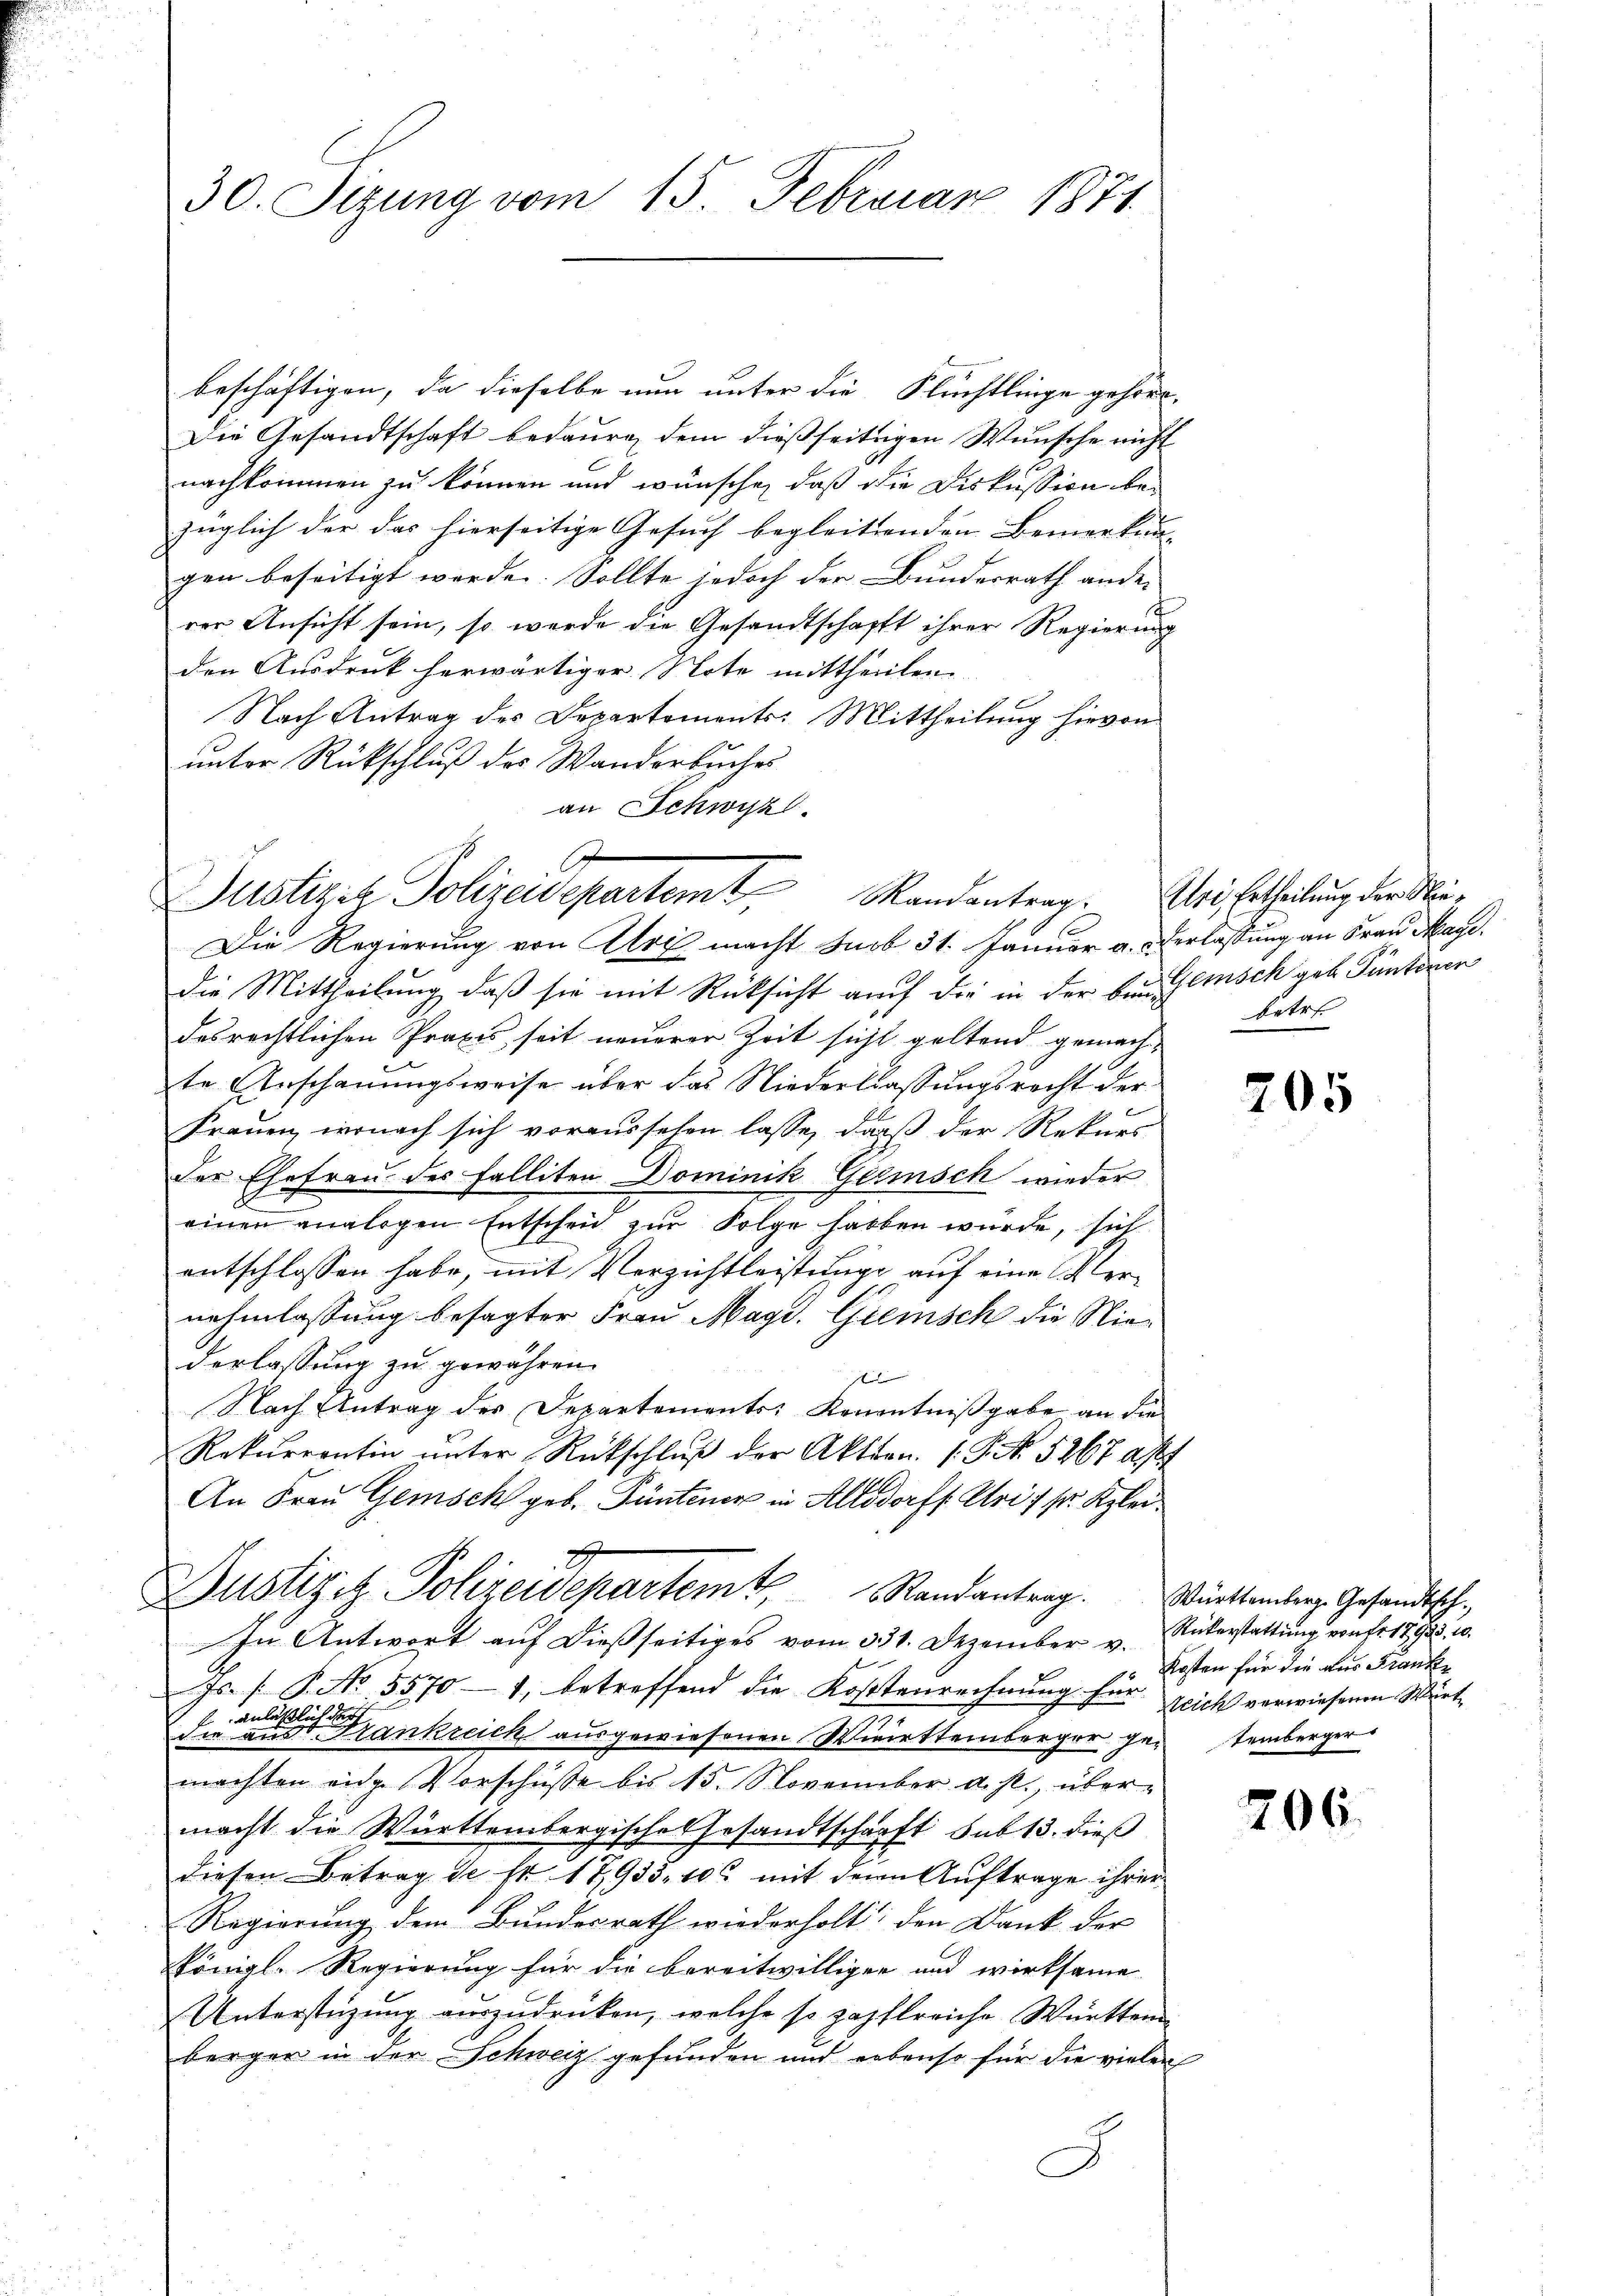
30. Sizung vom 15. Februar 1871.

beschäftigen, da dieselbe nun unter die Flüchtlinge gehört.
Die Gesandtschaft bedaure, dem dießseitigen Wünsche nicht
nachkommen zu können und wünsche, daß die Diskussion bezüglich der das hierseitige Gesuch begleitenden Bemerkun- |
gen beseitigt werde. Sollte jedoch der Bundesrath ander
rer Ansicht sein, so werde die Gesandtschafft ihrer Regierung
den Ausdruck herwärtiger Note mittheillen.
Nach Antrag des Departements: Mittheilung hievon
unter Rückschluß des Wanderbuches
an Schwyzl.

1
Justizit Polizeidepartem Randantrag. Uri, Ertheilung der Nie¬
Die Regierung von Art macht Saob 31. Januar a. Verlassung an Frau Mage

die Mittheilung, daß sie mit Rücksicht auf die in der bei einsch geb. Pünteren
desrechtlichen Praxis, seit neuerer Zeit sicht geltend gemachte Anschauungsweise über das Niederlassungsrecht der
Frauen, wonach sich voraussehen lasse, daß der Rekurs
Der Ehefrau des Falliten Dominik Gerinsch wieder
einen analogen Entscheid zur Folge halben würde, sich
entschlossen habe, mit Verzichtleistung auf eine Vernehmlassung besagter Frau Magd. Gremisch die Niederlassung zu gewähren.
sel
Nach Antrag der Departements Kenntnißgabe an die
Rekurrentin unter Rückschluß der Aktien. (T. No. 5267 a/
An Frau Gemisch geb. Püntener in Allodorff Uri / sr. Klei¬
Justige Polizeidepartemt, Randantrag. Württember Gesandtsch-
In Antwort auf dießseitiges vom 331. Dezember v.
Js. f. P. No. 55701, betreffend die Kostenrechnung für Zeich verwiesenen Würt¬
Aichises
Aula-
E
die aus Frankreich ausgewiesenen Wirttemberger gestemberger
machten eige Vorschüsse bis 15. November d. J., übermacht die Württembergische Gesandtschärft sub 13. dieß
diesen Betrag de Nr 17933. 106 mit dem Auftrage ihrer
Regierung dem Bundesrath wiederholt, den Dank der
königl. Regierung für die bereitwilliger und wirksame
Unterstüzung auszudrücken, welche so zapflreiche Württem
berger in der Schweiz gefunden und erbenso für die vielen

.

betre

205

Rükerstattung von fr. 17933, 10.
Kosten für die aus Franken

206.